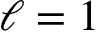
\ell = 1